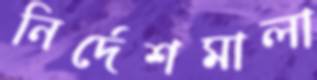
নির্দেশমালা